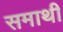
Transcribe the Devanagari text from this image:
समाथी